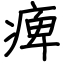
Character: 痺